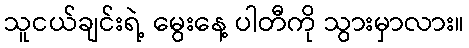
သူငယ်ချင်းရဲ့ မွေးနေ့ ပါတီကို သွားမှာလား။